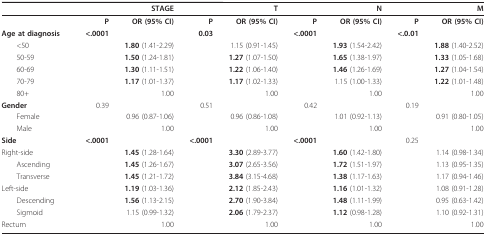
<table><thead><tr><td>[EMPTY_CELL]</td><td colspan="2"><b>STAGE</b></td><td colspan="2"><b>T</b></td><td colspan="2"><b>N</b></td><td colspan="2"><b>M</b></td></tr></thead><tbody><tr><td>[EMPTY_CELL]</td><td><b>P</b></td><td><b>OR (95% CI)</b></td><td><b>P</b></td><td><b>OR (95% CI)</b></td><td><b>P</b></td><td><b>OR (95% CI)</b></td><td><b>P</b></td><td><b>OR (95% CI)</b></td></tr><tr><td><b>Age at diagnosis</b></td><td><b>&lt;.0001</b></td><td>[EMPTY_CELL]</td><td><b>0.03</b></td><td>[EMPTY_CELL]</td><td><b>&lt;.0001</b></td><td>[EMPTY_CELL]</td><td><b>&lt;.0.01</b></td><td>[EMPTY_CELL]</td></tr><tr><td> &lt;50</td><td>[EMPTY_CELL]</td><td><b>1.80 </b>(1.41-2.29)</td><td>[EMPTY_CELL]</td><td>1.15 (0.91-1.45)</td><td>[EMPTY_CELL]</td><td><b>1.93 </b>(1.54-2.42)</td><td>[EMPTY_CELL]</td><td><b>1.88 </b>(1.40-2.52)</td></tr><tr><td> 50-59</td><td>[EMPTY_CELL]</td><td><b>1.50 </b>(1.24-1.81)</td><td>[EMPTY_CELL]</td><td><b>1.27 </b>(1.07-1.50)</td><td>[EMPTY_CELL]</td><td><b>1.65 </b>(1.38-1.97)</td><td>[EMPTY_CELL]</td><td><b>1.33 </b>(1.05-1.68)</td></tr><tr><td> 60-69</td><td>[EMPTY_CELL]</td><td><b>1.30 </b>(1.11-1.51)</td><td>[EMPTY_CELL]</td><td><b>1.22 </b>(1.06-1.40)</td><td>[EMPTY_CELL]</td><td><b>1.46 </b>(1.26-1.69)</td><td>[EMPTY_CELL]</td><td><b>1.27 </b>(1.04-1.54)</td></tr><tr><td> 70-79</td><td>[EMPTY_CELL]</td><td><b>1.17 </b>(1.01-1.37)</td><td>[EMPTY_CELL]</td><td><b>1.17 </b>(1.02-1.33)</td><td>[EMPTY_CELL]</td><td>1.15 (1.00-1.33)</td><td>[EMPTY_CELL]</td><td><b>1.22 </b>(1.01-1.48)</td></tr><tr><td> 80+</td><td>[EMPTY_CELL]</td><td>1.00</td><td>[EMPTY_CELL]</td><td>1.00</td><td>[EMPTY_CELL]</td><td>1.00</td><td>[EMPTY_CELL]</td><td>1.00</td></tr><tr><td><b>Gender</b></td><td>0.39</td><td>[EMPTY_CELL]</td><td>0.51</td><td>[EMPTY_CELL]</td><td>0.42</td><td>[EMPTY_CELL]</td><td>0.19</td><td>[EMPTY_CELL]</td></tr><tr><td> Female</td><td>[EMPTY_CELL]</td><td>0.96 (0.87-1.06)</td><td>[EMPTY_CELL]</td><td>0.96 (0.86-1.08)</td><td>[EMPTY_CELL]</td><td>1.01 (0.92-1.13)</td><td>[EMPTY_CELL]</td><td>0.91 (0.80-1.05)</td></tr><tr><td> Male</td><td>[EMPTY_CELL]</td><td>1.00</td><td>[EMPTY_CELL]</td><td>1.00</td><td>[EMPTY_CELL]</td><td>1.00</td><td>[EMPTY_CELL]</td><td>1.00</td></tr><tr><td><b>Side</b></td><td><b>&lt;.0001</b></td><td>[EMPTY_CELL]</td><td><b>&lt;.0001</b></td><td>[EMPTY_CELL]</td><td><b>&lt;.0001</b></td><td>[EMPTY_CELL]</td><td>0.25</td><td>[EMPTY_CELL]</td></tr><tr><td>Right-side</td><td>[EMPTY_CELL]</td><td><b>1.45 </b>(1.28-1.64)</td><td>[EMPTY_CELL]</td><td><b>3.30 </b>(2.89-3.77)</td><td>[EMPTY_CELL]</td><td><b>1.60 </b>(1.42-1.80)</td><td>[EMPTY_CELL]</td><td>1.14 (0.98-1.34)</td></tr><tr><td> Ascending</td><td>[EMPTY_CELL]</td><td><b>1.45 </b>(1.26-1.67)</td><td>[EMPTY_CELL]</td><td><b>3.07 </b>(2.65-3.56)</td><td>[EMPTY_CELL]</td><td><b>1.72 </b>(1.51-1.97)</td><td>[EMPTY_CELL]</td><td>1.13 (0.95-1.35)</td></tr><tr><td> Transverse</td><td>[EMPTY_CELL]</td><td><b>1.45 </b>(1.21-1.72)</td><td>[EMPTY_CELL]</td><td><b>3.84 </b>(3.15-4.68)</td><td>[EMPTY_CELL]</td><td><b>1.38 </b>(1.17-1.63)</td><td>[EMPTY_CELL]</td><td>1.17 (0.94-1.46)</td></tr><tr><td>Left-side</td><td>[EMPTY_CELL]</td><td><b>1.19 </b>(1.03-1.36)</td><td>[EMPTY_CELL]</td><td><b>2.12 </b>(1.85-2.43)</td><td>[EMPTY_CELL]</td><td><b>1.16 </b>(1.01-1.32)</td><td>[EMPTY_CELL]</td><td>1.08 (0.91-1.28)</td></tr><tr><td> Descending</td><td>[EMPTY_CELL]</td><td><b>1.56 </b>(1.13-2.15)</td><td>[EMPTY_CELL]</td><td><b>2.70 </b>(1.90-3.84)</td><td>[EMPTY_CELL]</td><td><b>1.48 </b>(1.11-1.99)</td><td>[EMPTY_CELL]</td><td>0.95 (0.63-1.42)</td></tr><tr><td> Sigmoid</td><td>[EMPTY_CELL]</td><td>1.15 (0.99-1.32)</td><td>[EMPTY_CELL]</td><td><b>2.06 </b>(1.79-2.37)</td><td>[EMPTY_CELL]</td><td><b>1.12 </b>(0.98-1.28)</td><td>[EMPTY_CELL]</td><td>1.10 (0.92-1.31)</td></tr><tr><td>Rectum</td><td>[EMPTY_CELL]</td><td>1.00</td><td>[EMPTY_CELL]</td><td>1.00</td><td>[EMPTY_CELL]</td><td>1.00</td><td>[EMPTY_CELL]</td><td>1.00</td></tr></tbody></table>